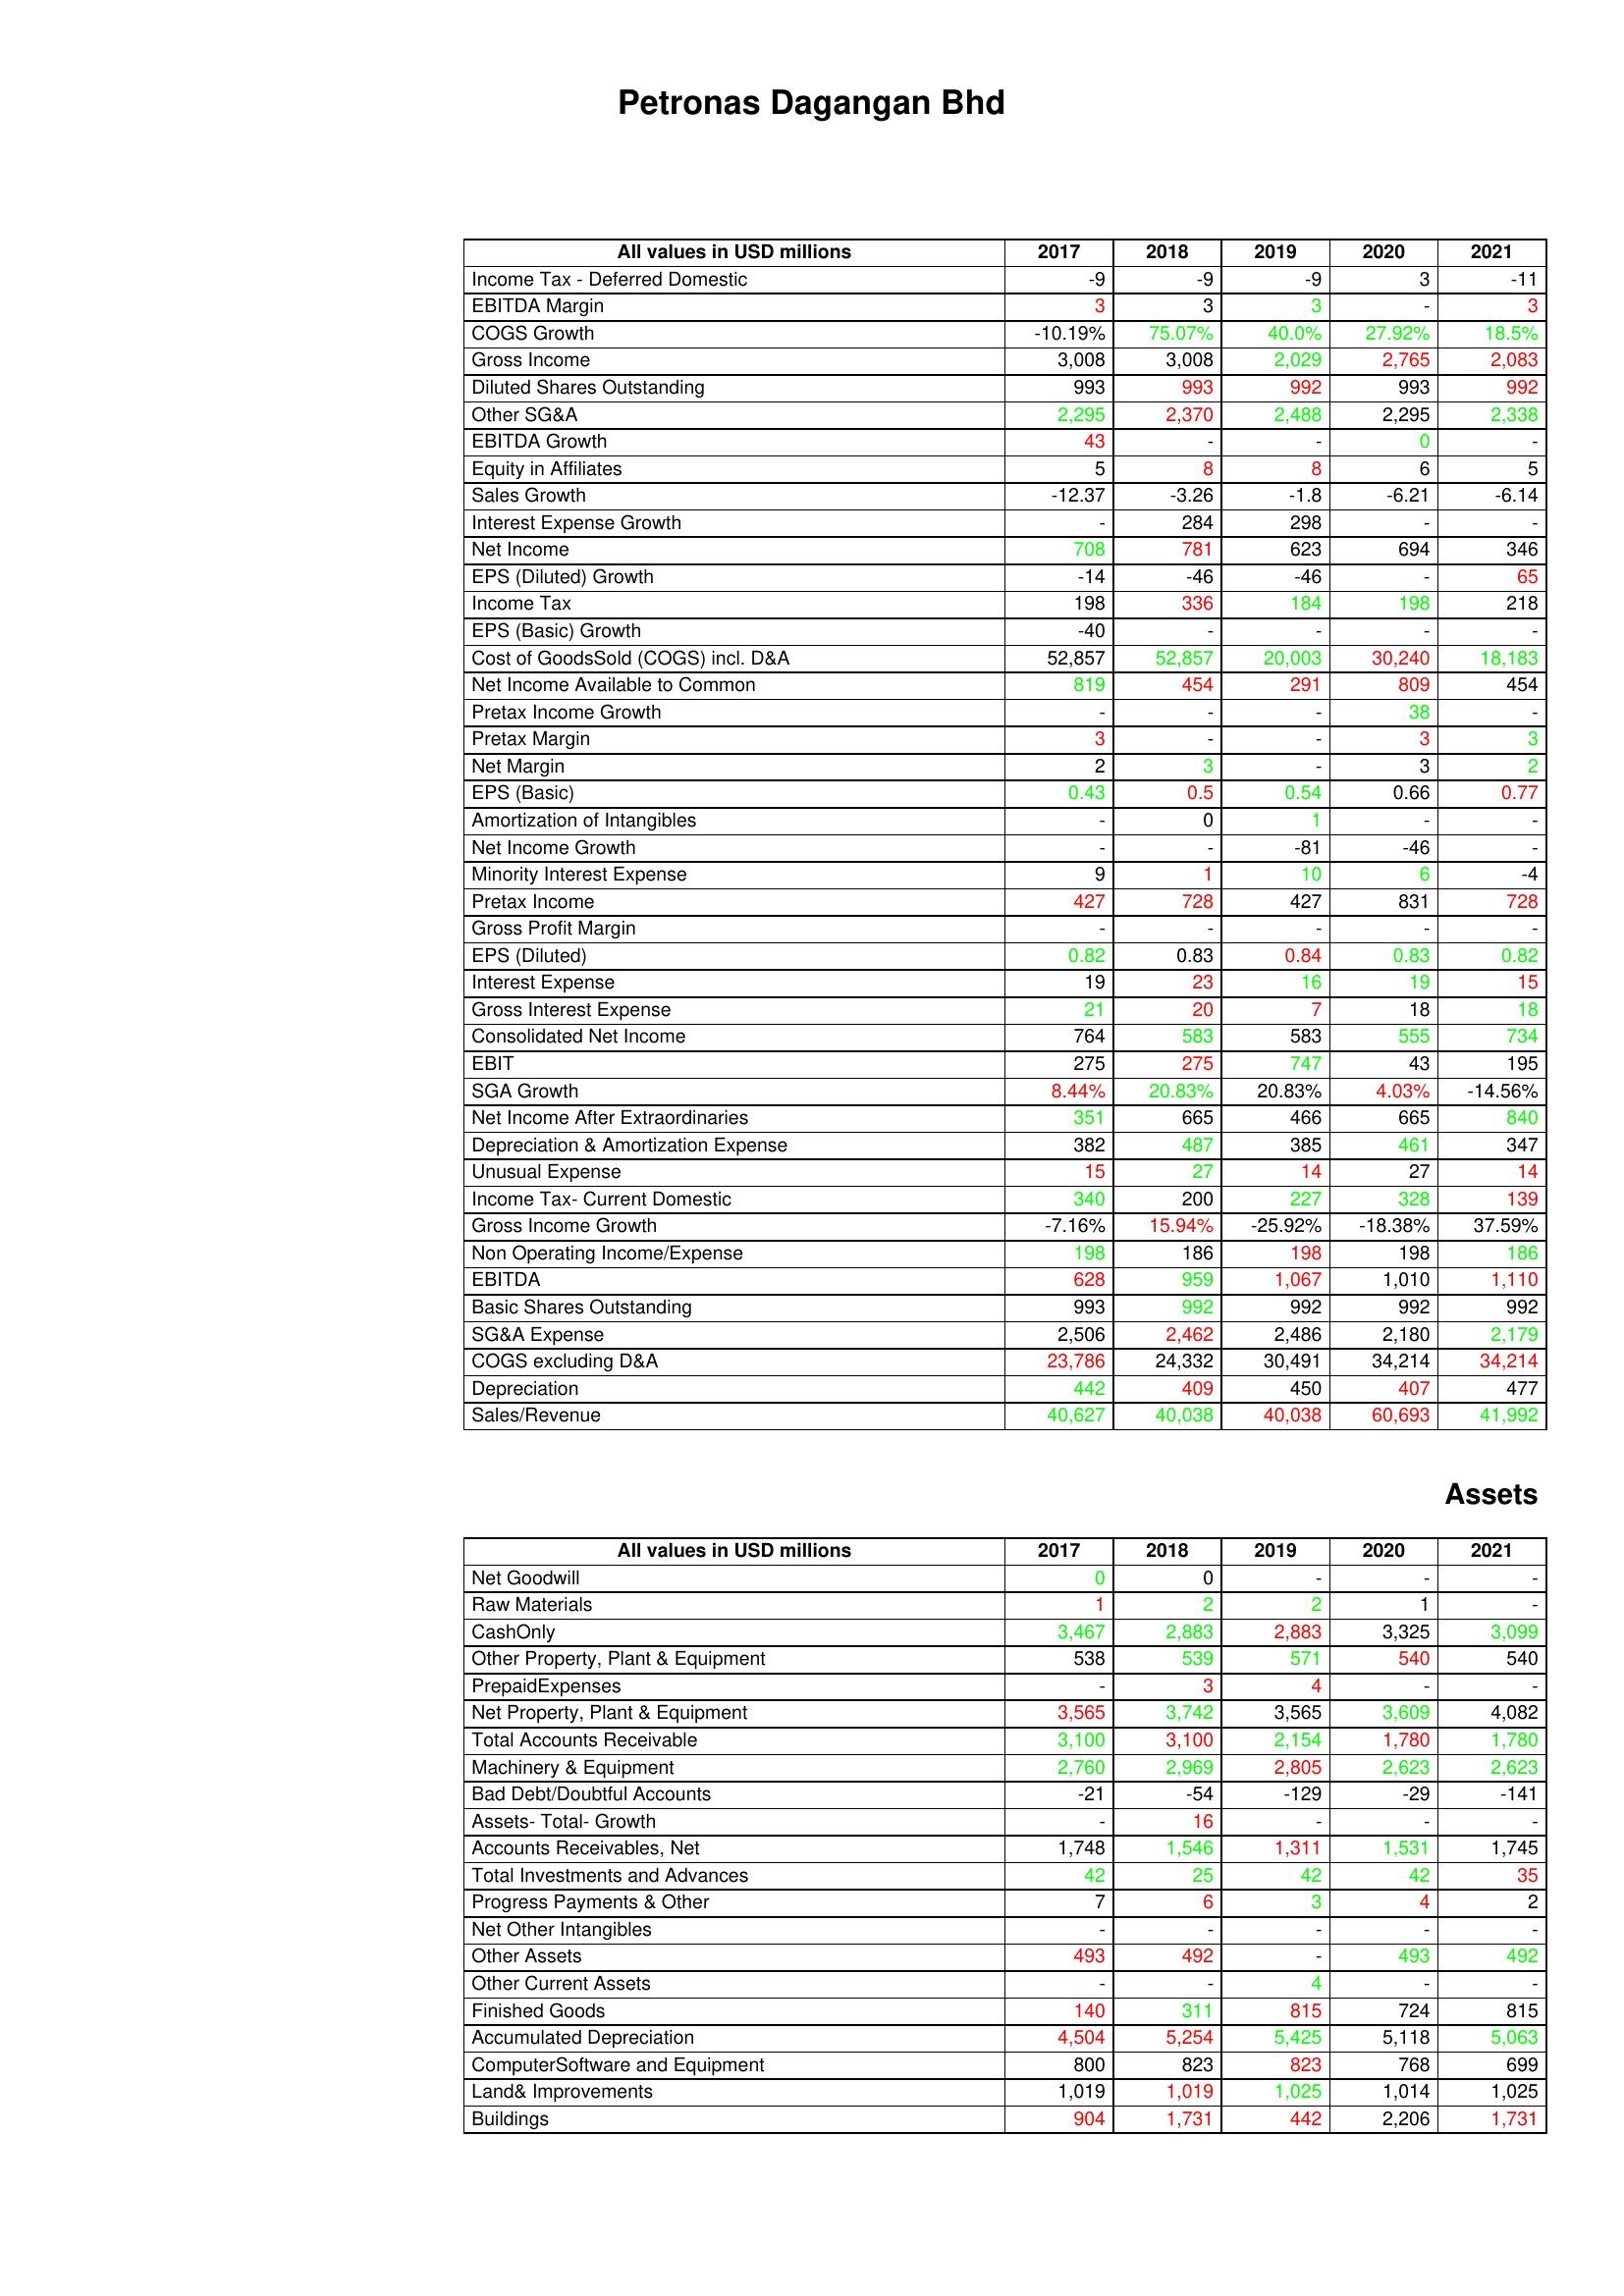
gt_parse: 2017: : Income Tax - Deferred Domestic: -9
EBITDA Margin: 3
COGS Growth: -10.19%
Gross Income: 3,008
Diluted Shares Outstanding: 993
Other SG&A: 2,295
EBITDA Growth: 43
Equity in Affiliates: 5
Sales Growth: -12.37
Interest Expense Growth: -
Net Income: 708
EPS (Diluted) Growth: -14
Income Tax: 198
EPS (Basic) Growth: -40
Cost of GoodsSold (COGS) incl. D&A: 52,857
Net Income Available to Common: 819
Pretax Income Growth: -
Pretax Margin: 3
Net Margin: 2
EPS (Basic): 0.43
Amortization of Intangibles: -
Net Income Growth: -
Minority Interest Expense: 9
Pretax Income: 427
Gross Profit Margin: -
EPS (Diluted): 0.82
Interest Expense: 19
Gross Interest Expense: 21
Consolidated Net Income: 764
EBIT: 275
SGA Growth: 8.44%
Net Income After Extraordinaries: 351
Depreciation & Amortization Expense: 382
Unusual Expense: 15
Income Tax- Current Domestic: 340
Gross Income Growth: -7.16%
Non Operating Income/Expense: 198
EBITDA: 628
Basic Shares Outstanding: 993
SG&A Expense: 2,506
COGS excluding D&A: 23,786
Depreciation: 442
Sales/Revenue: 40,627
Assets: Net Goodwill: 0
Raw Materials: 1
CashOnly: 3,467
Other Property, Plant & Equipment: 538
PrepaidExpenses: -
Net Property, Plant & Equipment: 3,565
Total Accounts Receivable: 3,100
Machinery & Equipment: 2,760
Bad Debt/Doubtful Accounts: -21
Assets- Total- Growth: -
Accounts Receivables, Net: 1,748
Total Investments and Advances: 42
Progress Payments & Other: 7
Net Other Intangibles: -
Other Assets: 493
Other Current Assets: -
Finished Goods: 140
Accumulated Depreciation: 4,504
ComputerSoftware and Equipment: 800
Land& Improvements: 1,019
Buildings: 904
2018: : Income Tax - Deferred Domestic: -9
EBITDA Margin: 3
COGS Growth: 75.07%
Gross Income: 3,008
Diluted Shares Outstanding: 993
Other SG&A: 2,370
EBITDA Growth: -
Equity in Affiliates: 8
Sales Growth: -3.26
Interest Expense Growth: 284
Net Income: 781
EPS (Diluted) Growth: -46
Income Tax: 336
EPS (Basic) Growth: -
Cost of GoodsSold (COGS) incl. D&A: 52,857
Net Income Available to Common: 454
Pretax Income Growth: -
Pretax Margin: -
Net Margin: 3
EPS (Basic): 0.5
Amortization of Intangibles: 0
Net Income Growth: -
Minority Interest Expense: 1
Pretax Income: 728
Gross Profit Margin: -
EPS (Diluted): 0.83
Interest Expense: 23
Gross Interest Expense: 20
Consolidated Net Income: 583
EBIT: 275
SGA Growth: 20.83%
Net Income After Extraordinaries: 665
Depreciation & Amortization Expense: 487
Unusual Expense: 27
Income Tax- Current Domestic: 200
Gross Income Growth: 15.94%
Non Operating Income/Expense: 186
EBITDA: 959
Basic Shares Outstanding: 992
SG&A Expense: 2,462
COGS excluding D&A: 24,332
Depreciation: 409
Sales/Revenue: 40,038
Assets: Net Goodwill: 0
Raw Materials: 2
CashOnly: 2,883
Other Property, Plant & Equipment: 539
PrepaidExpenses: 3
Net Property, Plant & Equipment: 3,742
Total Accounts Receivable: 3,100
Machinery & Equipment: 2,969
Bad Debt/Doubtful Accounts: -54
Assets- Total- Growth: 16
Accounts Receivables, Net: 1,546
Total Investments and Advances: 25
Progress Payments & Other: 6
Net Other Intangibles: -
Other Assets: 492
Other Current Assets: -
Finished Goods: 311
Accumulated Depreciation: 5,254
ComputerSoftware and Equipment: 823
Land& Improvements: 1,019
Buildings: 1,731
2019: : Income Tax - Deferred Domestic: -9
EBITDA Margin: 3
COGS Growth: 40.0%
Gross Income: 2,029
Diluted Shares Outstanding: 992
Other SG&A: 2,488
EBITDA Growth: -
Equity in Affiliates: 8
Sales Growth: -1.8
Interest Expense Growth: 298
Net Income: 623
EPS (Diluted) Growth: -46
Income Tax: 184
EPS (Basic) Growth: -
Cost of GoodsSold (COGS) incl. D&A: 20,003
Net Income Available to Common: 291
Pretax Income Growth: -
Pretax Margin: -
Net Margin: -
EPS (Basic): 0.54
Amortization of Intangibles: 1
Net Income Growth: -81
Minority Interest Expense: 10
Pretax Income: 427
Gross Profit Margin: -
EPS (Diluted): 0.84
Interest Expense: 16
Gross Interest Expense: 7
Consolidated Net Income: 583
EBIT: 747
SGA Growth: 20.83%
Net Income After Extraordinaries: 466
Depreciation & Amortization Expense: 385
Unusual Expense: 14
Income Tax- Current Domestic: 227
Gross Income Growth: -25.92%
Non Operating Income/Expense: 198
EBITDA: 1,067
Basic Shares Outstanding: 992
SG&A Expense: 2,486
COGS excluding D&A: 30,491
Depreciation: 450
Sales/Revenue: 40,038
Assets: Net Goodwill: -
Raw Materials: 2
CashOnly: 2,883
Other Property, Plant & Equipment: 571
PrepaidExpenses: 4
Net Property, Plant & Equipment: 3,565
Total Accounts Receivable: 2,154
Machinery & Equipment: 2,805
Bad Debt/Doubtful Accounts: -129
Assets- Total- Growth: -
Accounts Receivables, Net: 1,311
Total Investments and Advances: 42
Progress Payments & Other: 3
Net Other Intangibles: -
Other Assets: -
Other Current Assets: 4
Finished Goods: 815
Accumulated Depreciation: 5,425
ComputerSoftware and Equipment: 823
Land& Improvements: 1,025
Buildings: 442
2020: : Income Tax - Deferred Domestic: 3
EBITDA Margin: -
COGS Growth: 27.92%
Gross Income: 2,765
Diluted Shares Outstanding: 993
Other SG&A: 2,295
EBITDA Growth: 0
Equity in Affiliates: 6
Sales Growth: -6.21
Interest Expense Growth: -
Net Income: 694
EPS (Diluted) Growth: -
Income Tax: 198
EPS (Basic) Growth: -
Cost of GoodsSold (COGS) incl. D&A: 30,240
Net Income Available to Common: 809
Pretax Income Growth: 38
Pretax Margin: 3
Net Margin: 3
EPS (Basic): 0.66
Amortization of Intangibles: -
Net Income Growth: -46
Minority Interest Expense: 6
Pretax Income: 831
Gross Profit Margin: -
EPS (Diluted): 0.83
Interest Expense: 19
Gross Interest Expense: 18
Consolidated Net Income: 555
EBIT: 43
SGA Growth: 4.03%
Net Income After Extraordinaries: 665
Depreciation & Amortization Expense: 461
Unusual Expense: 27
Income Tax- Current Domestic: 328
Gross Income Growth: -18.38%
Non Operating Income/Expense: 198
EBITDA: 1,010
Basic Shares Outstanding: 992
SG&A Expense: 2,180
COGS excluding D&A: 34,214
Depreciation: 407
Sales/Revenue: 60,693
Assets: Net Goodwill: -
Raw Materials: 1
CashOnly: 3,325
Other Property, Plant & Equipment: 540
PrepaidExpenses: -
Net Property, Plant & Equipment: 3,609
Total Accounts Receivable: 1,780
Machinery & Equipment: 2,623
Bad Debt/Doubtful Accounts: -29
Assets- Total- Growth: -
Accounts Receivables, Net: 1,531
Total Investments and Advances: 42
Progress Payments & Other: 4
Net Other Intangibles: -
Other Assets: 493
Other Current Assets: -
Finished Goods: 724
Accumulated Depreciation: 5,118
ComputerSoftware and Equipment: 768
Land& Improvements: 1,014
Buildings: 2,206
2021: : Income Tax - Deferred Domestic: -11
EBITDA Margin: 3
COGS Growth: 18.5%
Gross Income: 2,083
Diluted Shares Outstanding: 992
Other SG&A: 2,338
EBITDA Growth: -
Equity in Affiliates: 5
Sales Growth: -6.14
Interest Expense Growth: -
Net Income: 346
EPS (Diluted) Growth: 65
Income Tax: 218
EPS (Basic) Growth: -
Cost of GoodsSold (COGS) incl. D&A: 18,183
Net Income Available to Common: 454
Pretax Income Growth: -
Pretax Margin: 3
Net Margin: 2
EPS (Basic): 0.77
Amortization of Intangibles: -
Net Income Growth: -
Minority Interest Expense: -4
Pretax Income: 728
Gross Profit Margin: -
EPS (Diluted): 0.82
Interest Expense: 15
Gross Interest Expense: 18
Consolidated Net Income: 734
EBIT: 195
SGA Growth: -14.56%
Net Income After Extraordinaries: 840
Depreciation & Amortization Expense: 347
Unusual Expense: 14
Income Tax- Current Domestic: 139
Gross Income Growth: 37.59%
Non Operating Income/Expense: 186
EBITDA: 1,110
Basic Shares Outstanding: 992
SG&A Expense: 2,179
COGS excluding D&A: 34,214
Depreciation: 477
Sales/Revenue: 41,992
Assets: Net Goodwill: -
Raw Materials: -
CashOnly: 3,099
Other Property, Plant & Equipment: 540
PrepaidExpenses: -
Net Property, Plant & Equipment: 4,082
Total Accounts Receivable: 1,780
Machinery & Equipment: 2,623
Bad Debt/Doubtful Accounts: -141
Assets- Total- Growth: -
Accounts Receivables, Net: 1,745
Total Investments and Advances: 35
Progress Payments & Other: 2
Net Other Intangibles: -
Other Assets: 492
Other Current Assets: -
Finished Goods: 815
Accumulated Depreciation: 5,063
ComputerSoftware and Equipment: 699
Land& Improvements: 1,025
Buildings: 1,731